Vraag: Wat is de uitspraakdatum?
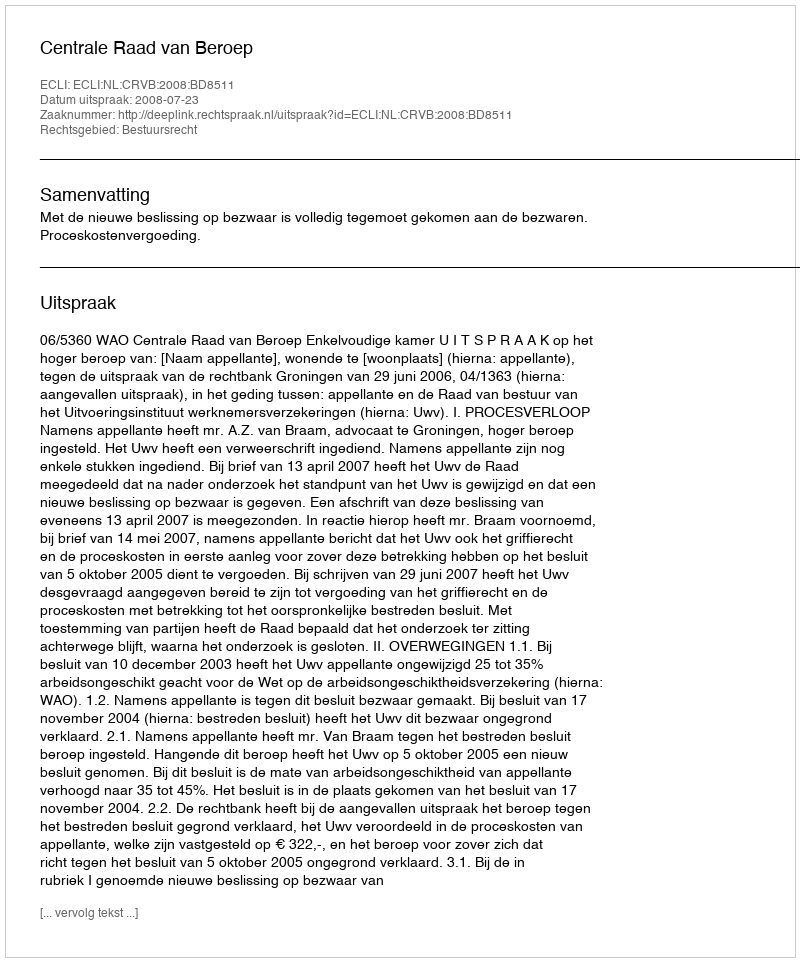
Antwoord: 2008-07-23